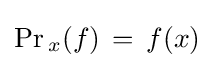
\Pr {}_{x}(f)\,=\,f(x)